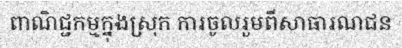
ពាណិជ្ជកម្មក្នុងស្រុក ការចូលរួមពីសាធារណជន